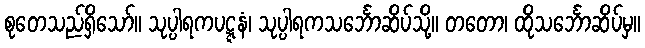
စုတေသည်ရှိသော်။ သုပ္ပါရကပဋ္ဋနံ၊ သုပ္ပါရကသင်္ဘောဆိပ်သို့။ တတော၊ ထိုသင်္ဘောဆိပ်မှ။